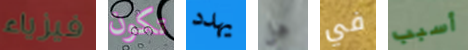
فيزياء تكون يهدد هل في أسبب